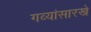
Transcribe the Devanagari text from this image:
गव्यांसारखे